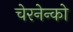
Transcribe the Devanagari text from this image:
चेरनेन्को